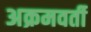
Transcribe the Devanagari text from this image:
अक्रमवर्ती